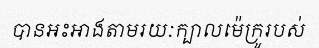
បានអះអាងតាមរយៈក្បាលម៉េក្រូរបស់